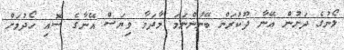
ލޯނުގެ ދަށުން އޭނާ ދޫކުރަން ބޭނުންނަމަ މާދަމާ ވިޔަސް އޭނާގެ ސޮއި ހޯދުމަށް